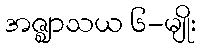
အဇ္ဈာသယ ၆-မျိုး